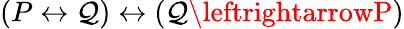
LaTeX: (P\leftrightarrow\mathcal{Q})\leftrightarrow(\mathcal{Q}\leftrightarrowP)